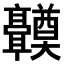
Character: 𬴤